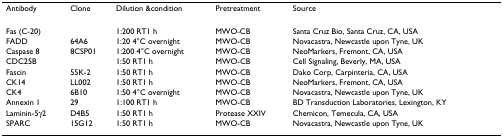
<table><thead><tr><td><b>Antibody</b></td><td><b>Clone</b></td><td><b>Dilution &amp;condition</b></td><td><b>Pretreatment</b></td><td><b>Source</b></td></tr></thead><tbody><tr><td>Fas (C-20)</td><td></td><td>1:200 RT1 h</td><td>MWO-CB</td><td>Santa Cruz Bio, Santa Cruz, CA, USA</td></tr><tr><td>FADD</td><td>64A6</td><td>1:20 4°C overnight</td><td>MWO-CB</td><td>Novacastra, Newcastle upon Tyne, UK</td></tr><tr><td>Caspase 8</td><td>8CSP01</td><td>1:200 4°C overnight</td><td>MWO-CB</td><td>NeoMarkers, Fremont, CA, USA</td></tr><tr><td>CDC25B</td><td></td><td>1:50 RT1 h</td><td>MWO-CB</td><td>Cell Signaling, Beverly, MA, USA</td></tr><tr><td>Fascin</td><td>55K-2</td><td>1:50 RT1 h</td><td>MWO-CB</td><td>Dako Corp, Carpinteria, CA, USA</td></tr><tr><td>CK14</td><td>LL002</td><td>1:50 RT1 h</td><td>MWO-CB</td><td>NeoMarkers, Fremont, CA, USA</td></tr><tr><td>CK4</td><td>6B10</td><td>1:50 4°C overnight</td><td>MWO-CB</td><td>Novacastra, Newcastle upon Tyne, UK</td></tr><tr><td>Annexin 1</td><td>29</td><td>1:100 RT1 h</td><td>MWO-CB</td><td>BD Transduction Laboratories, Lexington, KY</td></tr><tr><td>Laminin-5γ2</td><td>D4B5</td><td>1:50 RT1 h</td><td>Protease XXIV</td><td>Chemicon, Temecula, CA, USA</td></tr><tr><td>SPARC</td><td>15G12</td><td>1:50 RT1 h</td><td>MWO-CB</td><td>Novacastra, Newcastle upon Tyne, UK</td></tr></tbody></table>